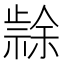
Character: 𭭳